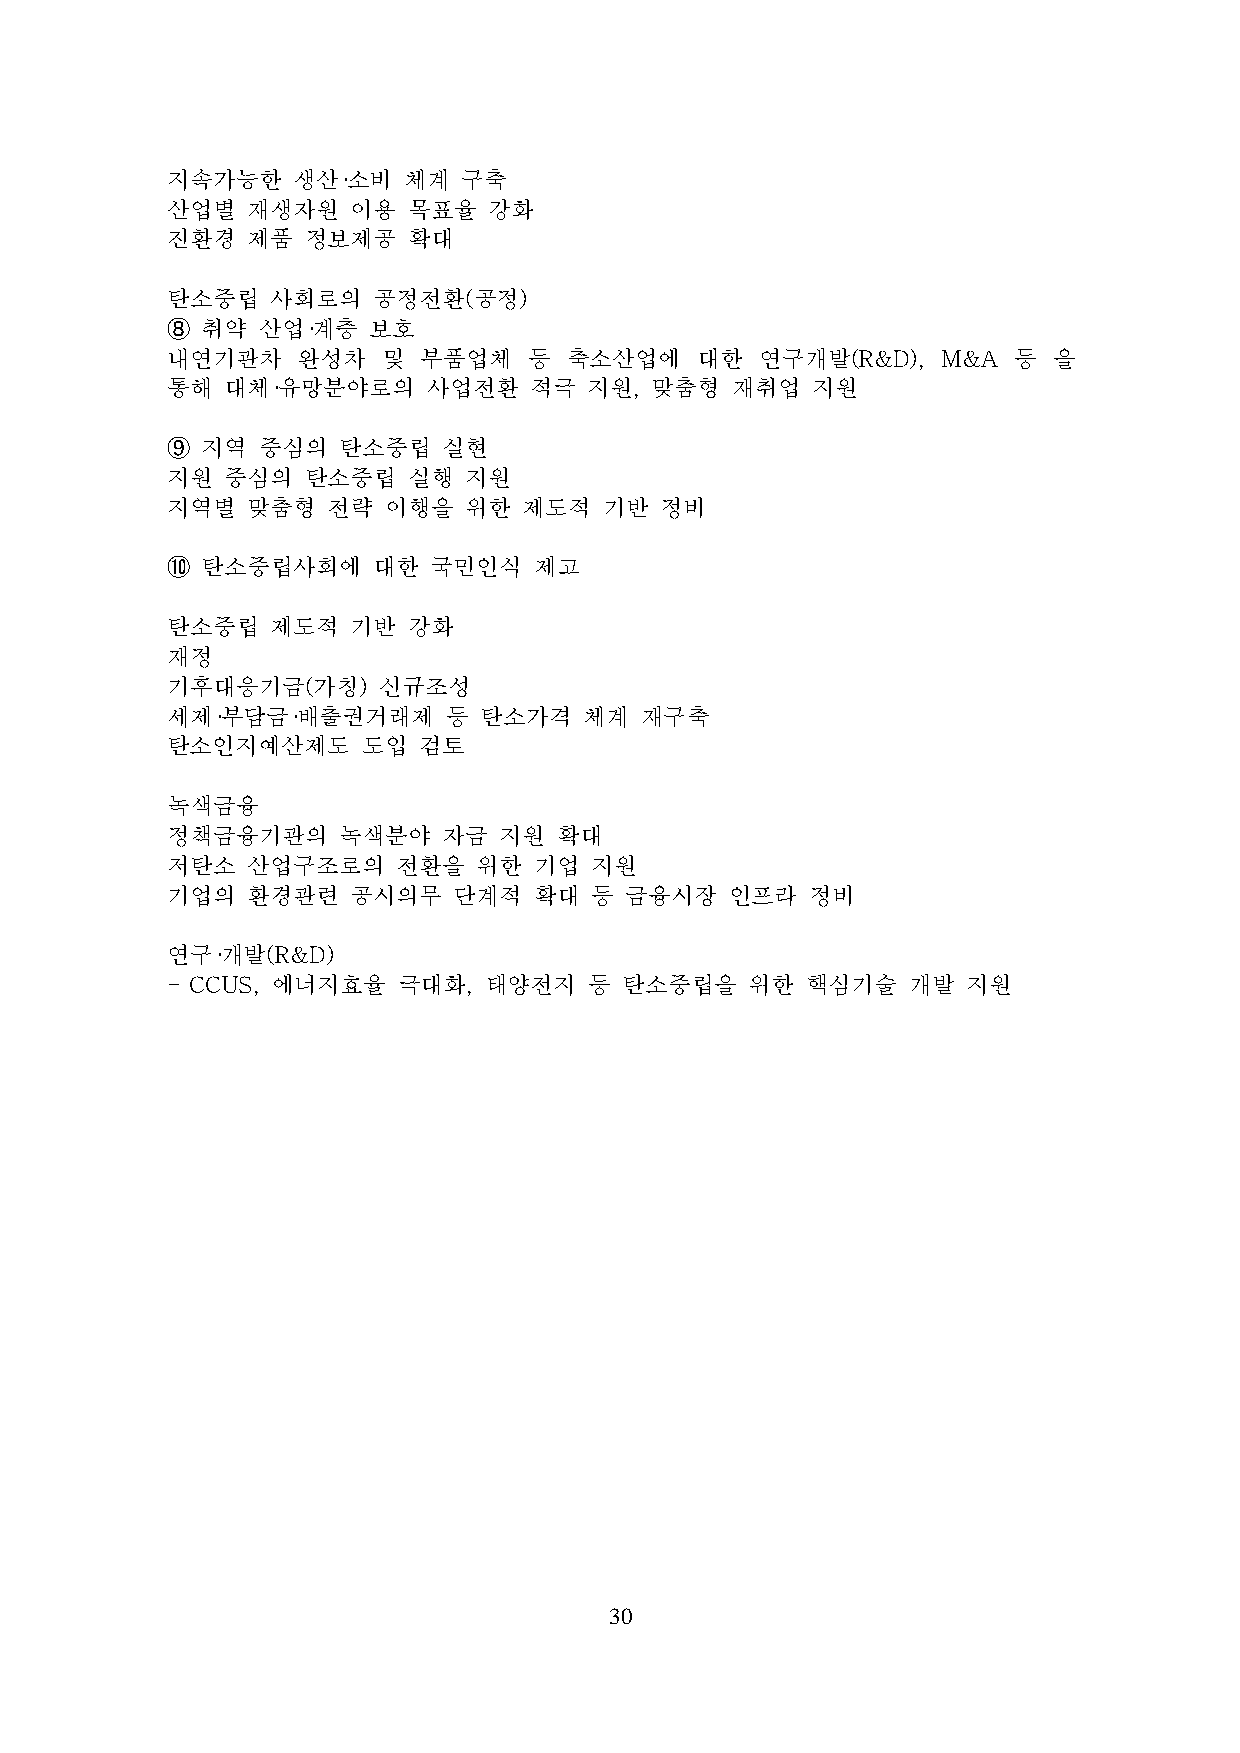
지속가능한   생산·소비   체계  구축
 산업별  재생자원   이용  목표율  강화
 진환경  제품  정보제공   확대
 탄소중립   사회로의   공정전환(공정)
 ➇ 취약  산업·계층  보호
 내연기관차    완성차  및  부품업체   등  축소산업에   대한  연구개발(R&D),  M&A  등  을
 통해  대체·유망분야로의    사업전환   적극  지원, 맞춤형  재취업   지원
 ➈ 지역  중심의  탄소중립   실현
 지원  중심의  탄소중립   실행  지원
 지역별  맞춤형   전략 이행을   위한  제도적  기반  정비
 ➉ 탄소중립사회에     대한 국민인식   제고
 탄소중립   제도적  기반  강화
 재정
 기후대응기금(가칭)    신규조성
 세제·부담금·배출권거래제      등 탄소가격   체계 재구축
 탄소인지예산제도     도입  검토
 녹색금융
 정책금융기관의    녹색분야   자금  지원  확대
 저탄소  산업구조로의    전환을   위한 기업  지원
 기업의  환경관련   공시의무   단계적  확대  등 금융시장   인프라   정비
 연구·개발(R&D)
 - CCUS, 에너지효율  극대화,  태양전지   등 탄소중립을    위한 핵심기술   개발  지원
 30